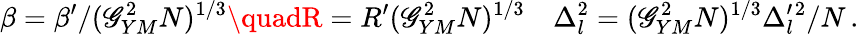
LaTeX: \beta=\beta^{\prime}/(\mathscr{G}_{YM}^{2}N)^{1/3}\quadR=R^{\prime}(\mathscr{G}_{YM}^{2}N)^{1/3}\quad\Delta_{l}^{2}=(\mathscr{G}_{YM}^{2}N)^{1/3}\Delta_{l}^{\prime}{}^{2}/N\, .